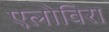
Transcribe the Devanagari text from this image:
एलोविरा